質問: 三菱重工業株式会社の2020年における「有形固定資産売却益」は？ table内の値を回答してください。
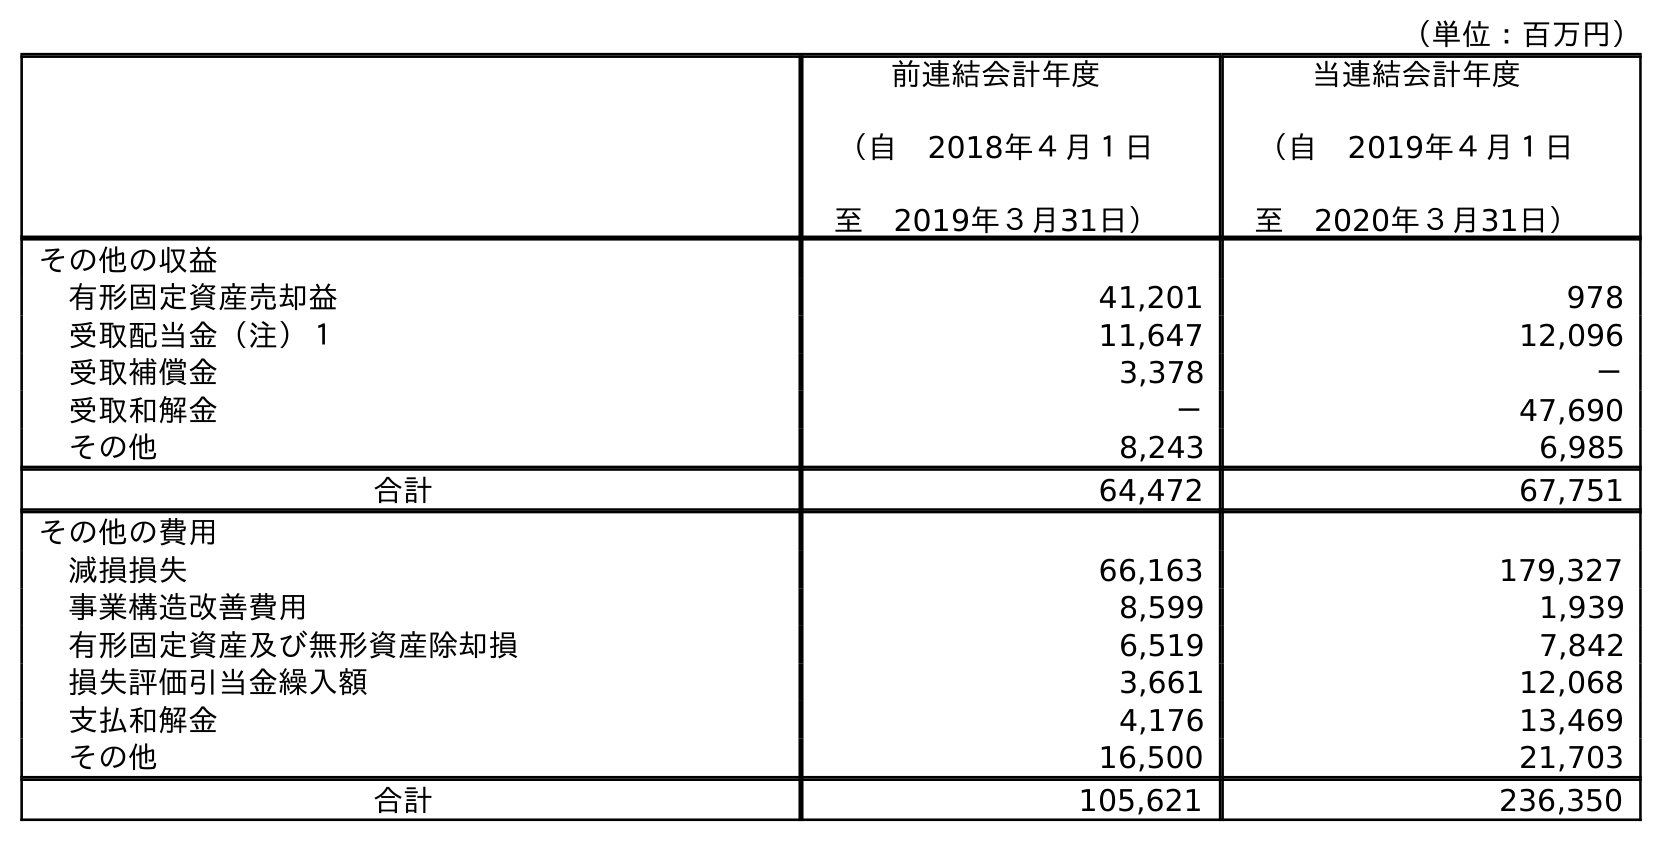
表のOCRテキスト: （単位：百万円） 前連結会計年度 （自 2018年４月１日 至 2019年３月31日） 当連結会計年度 （自 2019年４月１日 至 2020年３月31日） その他の収益 有形固定資産売却益 41,201 978 受取配当金（注）１ 11,647 12,096 受取補償金 3,378 － 受取和解金 － 47,690 その他 8,243 6,985 合計 64,472 67,751 その他の費用 減損損失 66,163 179,327 事業構造改善費用 8,599 1,939 有形固定資産及び無形資産除却損 6,519 7,842 損失評価引当金繰入額 3,661 12,068 支払和解金 4,176 13,469 その他 16,500 21,703 合計 105,621 236,350
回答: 978